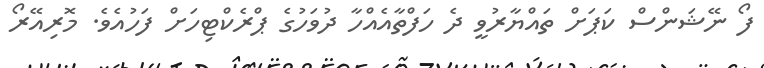
ފޯ ނޭޝަންސް ކަޕަށް ތައްޔާރުވީ ދެ ހަފްތާއެއްހާ ދުވަހުގެ ޕްރެކްޓިހަށް ފަހުއެވެ. މޮރިއޭރޯ